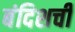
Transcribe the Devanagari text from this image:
बंदिशची